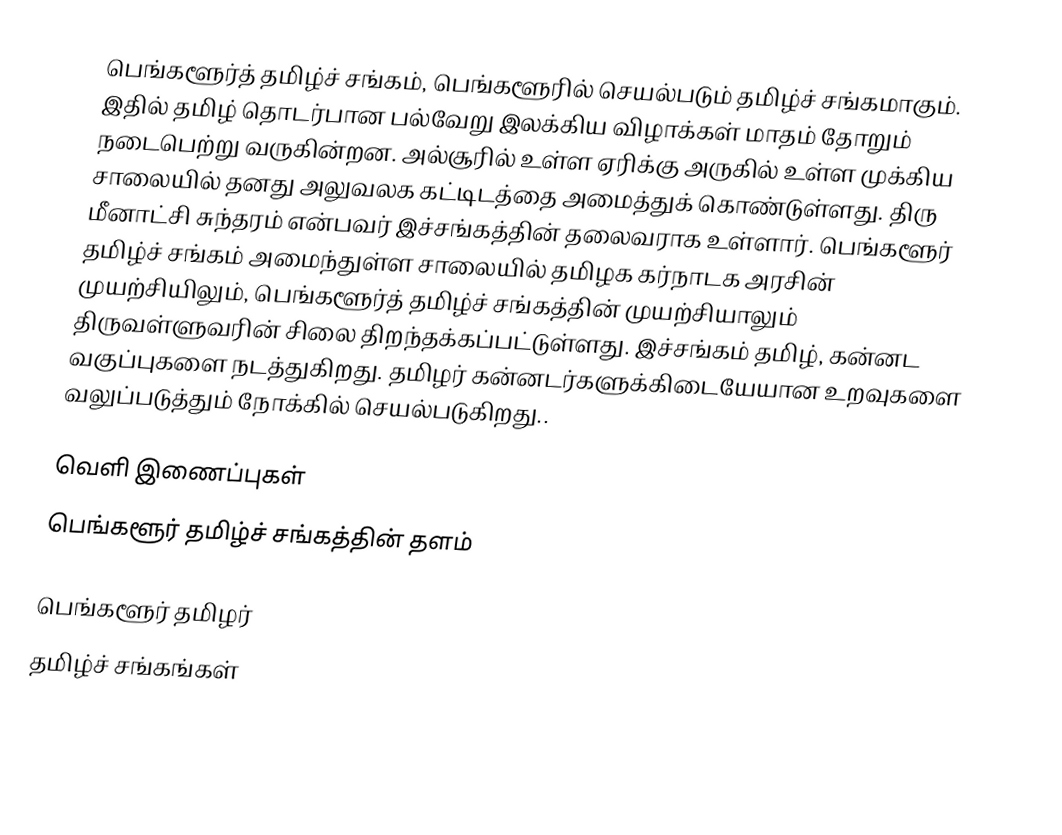
பெங்களூர்த் தமிழ்ச் சங்கம், பெங்களூரில் செயல்படும் தமிழ்ச் சங்கமாகும். இதில் தமிழ் தொடர்பான பல்வேறு இலக்கிய விழாக்கள் மாதம் தோறும் நடைபெற்று வருகின்றன. அல்சூரில் உள்ள ஏரிக்கு அருகில் உள்ள முக்கிய சாலையில் தனது அலுவலக கட்டிடத்தை அமைத்துக் கொண்டுள்ளது. திரு மீனாட்சி சுந்தரம் என்பவர் இச்சங்கத்தின் தலைவராக உள்ளார். பெங்களூர் தமிழ்ச் சங்கம் அமைந்துள்ள சாலையில் தமிழக கர்நாடக அரசின் முயற்சியிலும், பெங்களூர்த் தமிழ்ச் சங்கத்தின் முயற்சியாலும் திருவள்ளுவரின் சிலை திறந்தக்கப்பட்டுள்ளது. இச்சங்கம் தமிழ், கன்னட வகுப்புகளை நடத்துகிறது. தமிழர் கன்னடர்களுக்கிடையேயான உறவுகளை வலுப்படுத்தும் நோக்கில் செயல்படுகிறது..

வெளி இணைப்புகள்
 பெங்களூர் தமிழ்ச் சங்கத்தின் தளம்

பெங்களூர் தமிழர்
தமிழ்ச் சங்கங்கள்